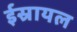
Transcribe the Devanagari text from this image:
ईस्रायल